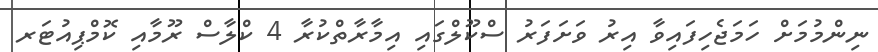
ނިންމުމަށް ހަމަޖެހިފައިވާ އިރު ވަށަފަރު ސްކޫލްގައި އިމާރާތްކުރާ 4 ކްލާސް ރޫމާއި ކޮމްޕިއުޓަރ